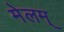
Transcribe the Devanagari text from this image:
मेलम्